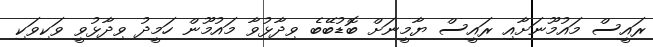
ރައީސް މައުމޫނަށާއި ރައީސް ޔާމީނަށް ބޮޑުބޭބެ ވިދާޅުވާ މައުމޫން ހަމީދު ވިދާޅުވީ ވަކިވަކި